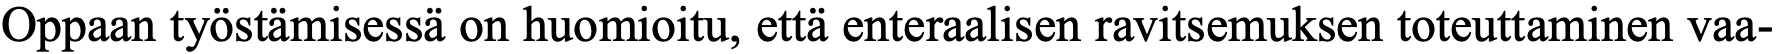
Oppaan työstämisessä on huomioitu, että enteraalisen ravitsemuksen toteuttaminen vaa-